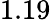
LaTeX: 1.19